Subject: stat
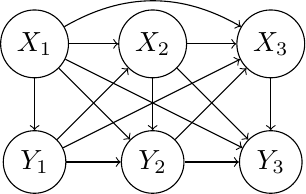
LaTeX code:
\begin{tikzpicture}[node distance={15mm}, main/.style = {draw, circle}]
\node[main] (x1) {$X_1$};
\node[main] (x2) [right of=x1] {$X_2$};
\node[main] (x3) [right of=x2] {$X_3$};
\node[main] (y1) [below of=x1] {$Y_1$};
\node[main] (y2) [below of=x2] {$Y_2$};
\node[main] (y3) [below of=x3] {$Y_3$};
\draw[->] (x1) -- (y1);
\draw[->] (x1) -- (x2);
\draw[->] (x1) -- (y2);
\draw[->] (x1) -- (y3);
\draw[->] (x1) to [out=30,in=150] (x3);
\draw[->] (y1) -- (x2);
\draw[->] (y1) -- (y2);
\draw[->] (y1) -- (x3);
\draw[->] (x2) -- (y2);
\draw[->] (x2) -- (x3);
\draw[->] (x2) -- (y3);
\draw[->] (y2) -- (x3);
\draw[->] (y2) -- (y3);
\draw[->] (x3) -- (y3);
\end{tikzpicture}